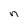
Character: n